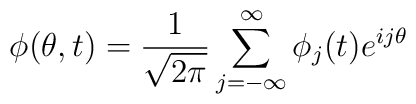
\phi(\theta,t) = {1 \over {\sqrt {2 \pi}}} \sum^{\infty}_{j=- \infty} \phi_j(t) e^{ij\theta}